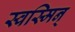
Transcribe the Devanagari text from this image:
स्वस्मिन्